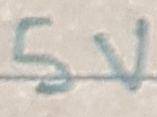
Text: 5V